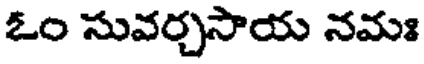
ఓం సువర్చసాయ నమః